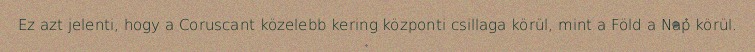
Ez azt jelenti, hogy a Coruscant közelebb kering központi csillaga körül, mint a Föld a Nap körül.